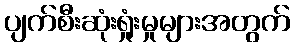
ပျက်စီးဆုံးရှုံးမှုများအတွက်